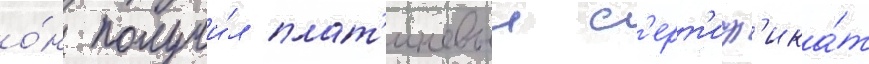
о́н получи́л плат'иновыи с'ерт'иф'ика́т